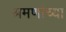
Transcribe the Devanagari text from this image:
श्रमणांच्या